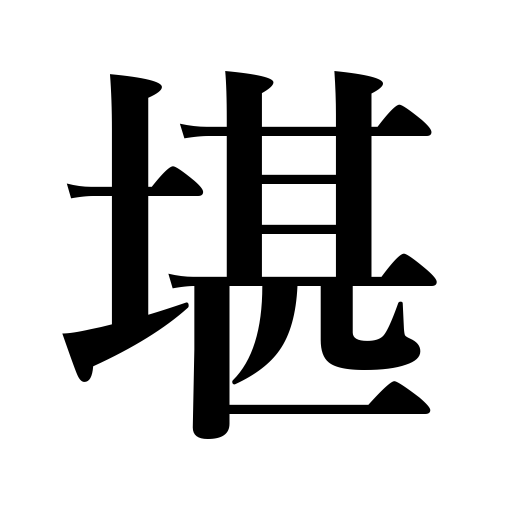
Meanings: be equal to,brave,withstand,be fit for,endure,support,resist,weather